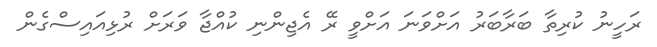
ރަހީނު ކުރިތާ ބަރާބަރު އަށްވަނަ އަށްވީ ރޭ އެޖިންނި ކުއްޖާ ވަރަށް ރުޅިއައިސްގެން